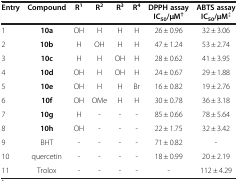
<table><thead><tr><td><b>Entry</b></td><td><b>Compound</b></td><td><b>R<sup>1</sup></b></td><td><b>R<sup>2</sup></b></td><td><b>R<sup>3</sup></b></td><td><b>R<sup>4</sup></b></td><td><b>DPPH assay IC<sub>50</sub>/μM<sup>†</sup></b></td><td><b>ABTS assay IC<sub>50</sub>/μM<sup>‡</sup></b></td></tr></thead><tbody><tr><td>1</td><td><b>10a</b></td><td>OH</td><td>H</td><td>H</td><td>H</td><td>26 ± 0.96</td><td>32 ± 3.06</td></tr><tr><td>2</td><td><b>10b</b></td><td>H</td><td>OH</td><td>H</td><td>H</td><td>47 ± 1.24</td><td>53 ± 2.74</td></tr><tr><td>3</td><td><b>10c</b></td><td>H</td><td>H</td><td>OH</td><td>H</td><td>28 ± 0.62</td><td>41 ± 3.95</td></tr><tr><td>4</td><td><b>10d</b></td><td>OH</td><td>H</td><td>OH</td><td>H</td><td>24 ± 0.67</td><td>29 ± 1.88</td></tr><tr><td>5</td><td><b>10e</b></td><td>OH</td><td>H</td><td>H</td><td>Br</td><td>16 ± 0.82</td><td>19 ± 2.76</td></tr><tr><td>6</td><td><b>10f</b></td><td>OH</td><td>OMe</td><td>H</td><td>H</td><td>30 ± 0.78</td><td>36 ± 3.18</td></tr><tr><td>7</td><td><b>10g</b></td><td>H</td><td>-</td><td>-</td><td>-</td><td>85 ± 0.66</td><td>78 ± 5.64</td></tr><tr><td>8</td><td><b>10h</b></td><td>OH</td><td>-</td><td>-</td><td>-</td><td>22 ± 1.75</td><td>32 ± 3.42</td></tr><tr><td>9</td><td>BHT</td><td>-</td><td>-</td><td>-</td><td>-</td><td>71 ± 0.82</td><td>-</td></tr><tr><td>10</td><td>quercetin</td><td>-</td><td>-</td><td>-</td><td>-</td><td>18 ± 0.99</td><td>20 ± 2.19</td></tr><tr><td>11</td><td>Trolox</td><td>-</td><td>-</td><td>-</td><td>-</td><td>-</td><td>112 ± 4.29</td></tr></tbody></table>